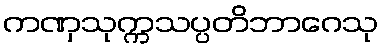
ကဏှသုက္ကသပ္ပတိဘာဂေသု